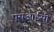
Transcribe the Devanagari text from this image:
एसआईसी